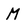
Character: M